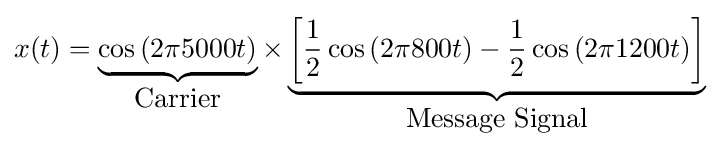
x(t)=\underbrace {\cos \left(2\pi 5000t\right)} _{\mbox{Carrier}}\times \underbrace {\left[{\frac {1}{2}}\cos \left(2\pi 800t\right)-{\frac {1}{2}}\cos \left(2\pi 1200t\right)\right]} _{\mbox{Message Signal}}